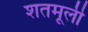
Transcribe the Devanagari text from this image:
शतमूली